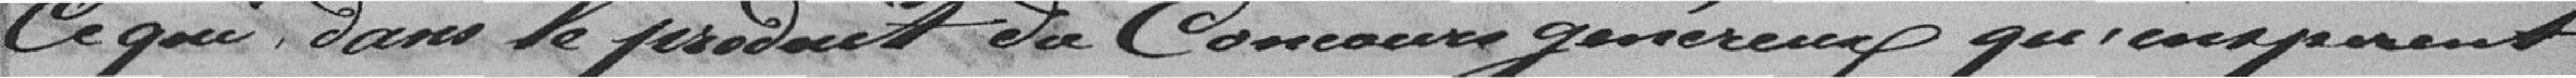
ce qui, dans le produit du Concours généreux qu'inspirent